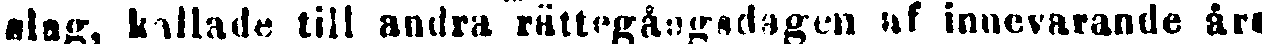
slag, kallade till andra rättegångsdagen af innevarande års